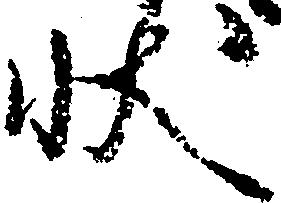
状